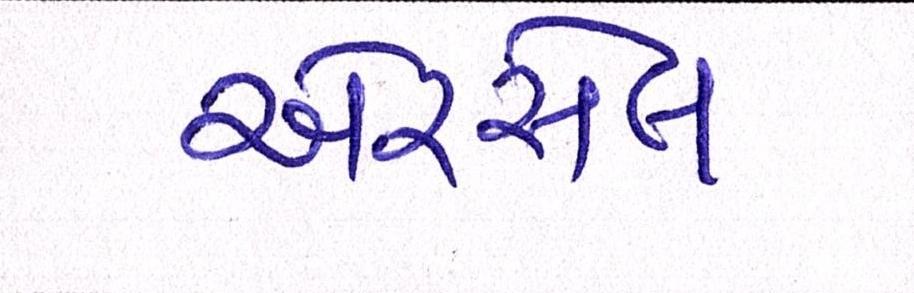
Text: એરસેલ